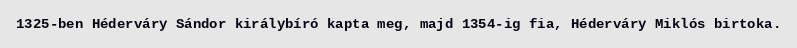
1325-ben Héderváry Sándor királybíró kapta meg, majd 1354-ig fia, Héderváry Miklós birtoka.